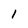
Character: 1